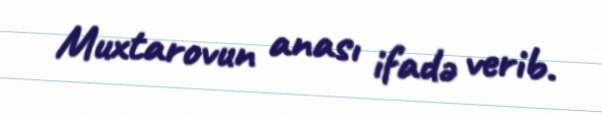
Muxtarovun anası ifadə verib.